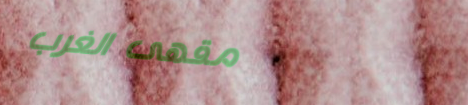
مقهى الغرب